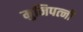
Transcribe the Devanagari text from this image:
मुनिपत्‍नी